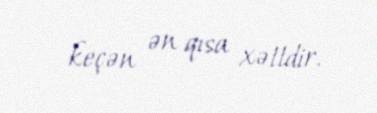
keçən ən qısa xəttdir.